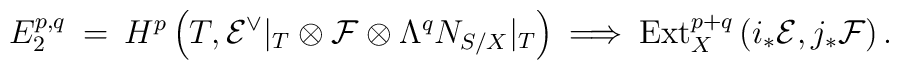
E_2^{p,q} \: = \: H^p \left(T, {\cal E}^{\vee}|_T \otimes {\cal F}\otimes \Lambda^q N_{S/X}|_T \right) \: \Longrightarrow \:\mbox{Ext}^{p+q}_X\left( i_* {\cal E}, j_* {\cal F} \right).